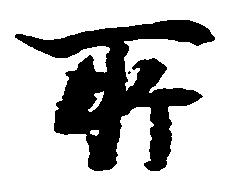
所